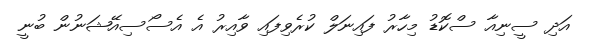
އަދި ސީނިއާ ސްކޮޑު މިހާރު ފައިނަލް ކުރެވިފައި ވާއިރު އެ އެސޯސިއޭޝަނުން ބުނީ